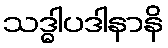
သဒ္ဓါပဒါနာနိ